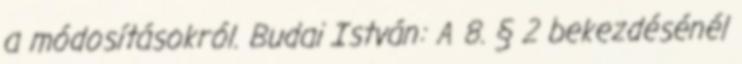
a módosításokról. Budai István: A 8. § 2 bekezdésénél